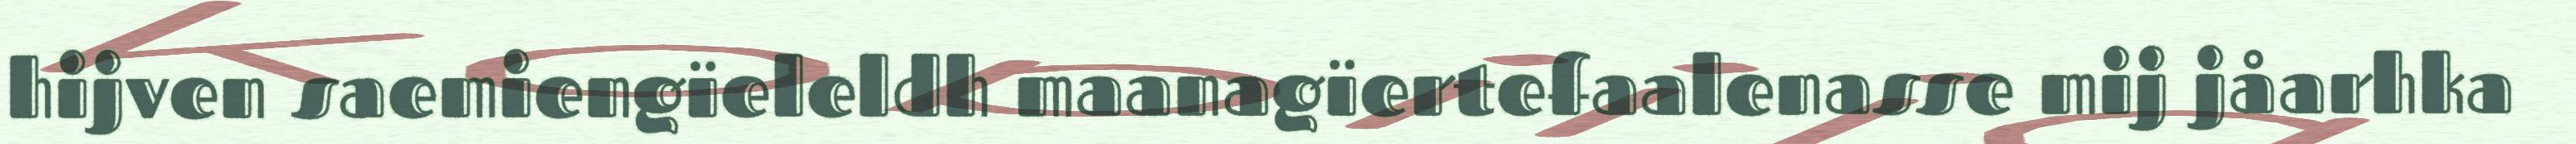
hijven saemiengïeleldh maanagïertefaalenasse mij jåarhka